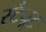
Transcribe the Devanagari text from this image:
स्टैचूट